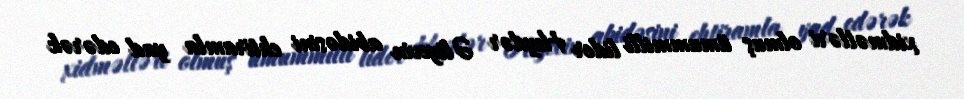
xidmətləri olmuş ümummilli lider Heydər Əliyevin abidəsini ehtiramla yad edərək